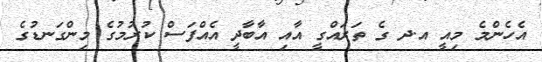
އެހެންމެ މިއީ އ.ދ ގެ ތަރައްގީ އާއި އާބާދީ އެއްފަސް ކުރުމުގެ މިންގަނޑުގެ